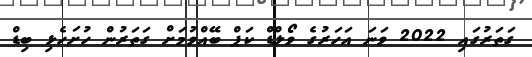
ގަތަރުގައި 2022 ވަނަ އަހަރުގެ ވޯލްޑް ކަޕް ބޭއްވުމަށް ގަތަރުން ހުށަހެޅި ބިޑް